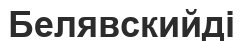
Белявскийді